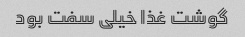
گوشت غذا خیلی سفت بود